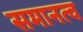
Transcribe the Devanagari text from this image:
समानत्व